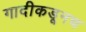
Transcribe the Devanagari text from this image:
गादीकडूनच